Mental hospitals Bombay report 1921-28 - 1921-1928
Year: 1921
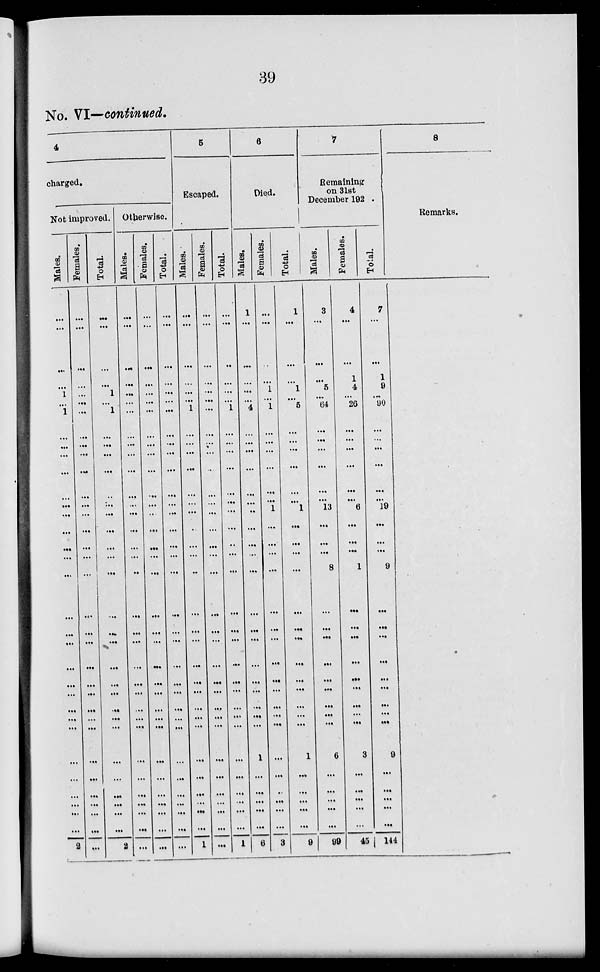
39
No. VI—continued.
4
charged.
Not improved.
Males.
...
...
...
...
1
...
1
...
...
...
...
...
...
...
...
...
...
...
...
...
...
...
...
...
...
...
...
...
...
...
...
...
...
2
Females.
...
...
...
...
...
...
...
...
...
...
...
...
...
...
...
...
...
...
...
...
...
...
...
...
...
...
...
...
...
...
...
...
Total.
...
...
...
...
1
... 1
...
...
...
...
...
...
...
...
...
...
...
...
...
...
...
...
...
...
...
...
...
...
...
...
...
2
Otherwise.
Males.
...
...
...
...
...
...
...
...
...
...
...
...
...
...
...
...
...
...
...
...
...
...
...
...
...
...
...
...
...
...
...
...
...
...
Females.
...
...
...
...
...
...
...
...
...
...
...
...
...
...
...
...
...
...
...
...
...
...
...
...
...
...
...
...
...
...
...
...
...
...
Total.
...
...
...
...
...
...
...
...
...
...
...
...
...
...
...
...
...
...
...
...
...
...
...
...
...
...
...
...
...
...
...
...
...
...
5
Escaped.
Males.
...
...
...
...
...
...
1
...
...
...
...
...
...
...
...
...
...
...
...
...
...
...
...
...
...
...
...
...
...
...
...
...
...
1
Females.
...
...
...
...
...
...
...
...
...
...
...
...
...
...
...
...
...
...
...
...
...
...
...
...
...
...
...
...
...
...
...
...
...
...
Total.
...
...
...
...
...
...
1
...
...
...
...
...
...
...
...
..
...
...
...
...
...
...
...
...
...
...
...
...
...
...
...
...
...
1
6
Died.
Males.
1
...
...
...
...
...
4
...
...
...
...
...
...
...
...
...
...
...
...
...
...
...
...
...
...
...
...
1
...
...
...
...
...
6
Females.
...
...
...
...
1
... 1
...
...
...
...
...
...
1
...
...
...
...
...
...
...
...
...
...
...
...
...
...
...
...
...
...
...
3
Total.
1
...
...
...
1
...
5
...
...
...
...
...
...
1
...
...
...
...
...
...
...
...
...
...
...
...
...
1
...
...
...
...
...
9
7
Remaining¬
on 31st
December 102
Males.
3
...
...
...
5
...
64
...
...
...
...
...
...
13
...
...
...
8
...
...
...
...
...
...
...
...
...
6
...
...
...
...
...
99
Females.
4
...
...
1
4
...
26
...
...
...
...
...
...
6
...
...
...
1
...
...
...
...
...
...
...
...
...
3
...
...
...
...
...
45
Total.
7
...
...
1
9
... 90
...
...
...
...
...
... 19
...
...
...
9
...
...
...
...
...
...
...
...
...
9
...
...
...
...
...
144
8
Remarks.